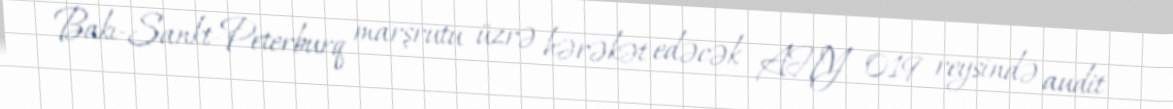
Bakı-Sankt-Peterburq marşrutu üzrə hərəkət edəcək AHY 019 reysində audit